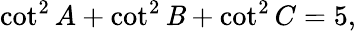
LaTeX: \cot^{2}A+\cot^{2}\mathit{B}+\cot^{2}C=5,